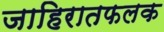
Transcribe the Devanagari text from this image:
जाहिरातफलक